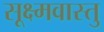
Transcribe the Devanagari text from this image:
सूक्ष्मवास्तु